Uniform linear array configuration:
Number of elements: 32
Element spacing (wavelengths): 0.25
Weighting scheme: blackman
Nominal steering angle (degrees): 45
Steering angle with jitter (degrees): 46.002
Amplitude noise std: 0.05
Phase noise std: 0.05

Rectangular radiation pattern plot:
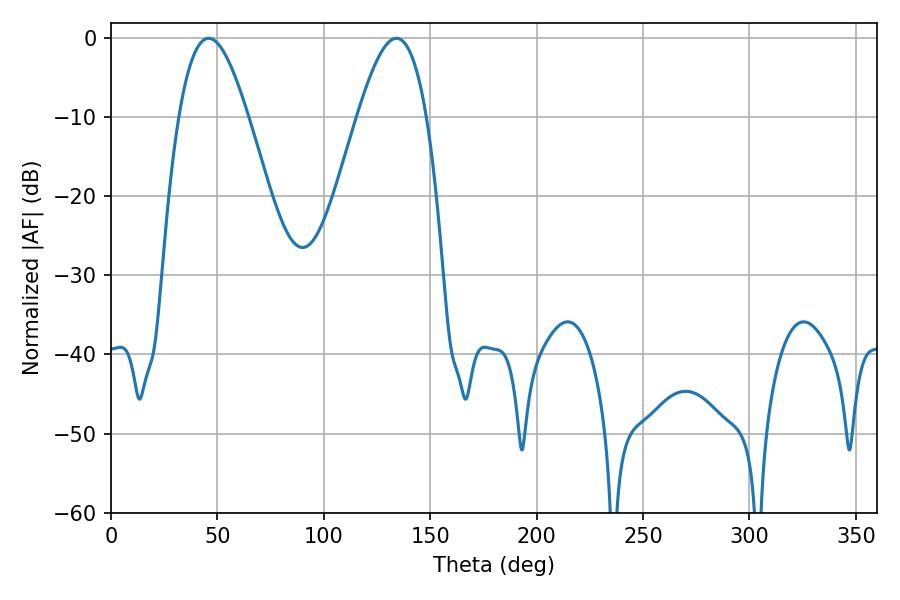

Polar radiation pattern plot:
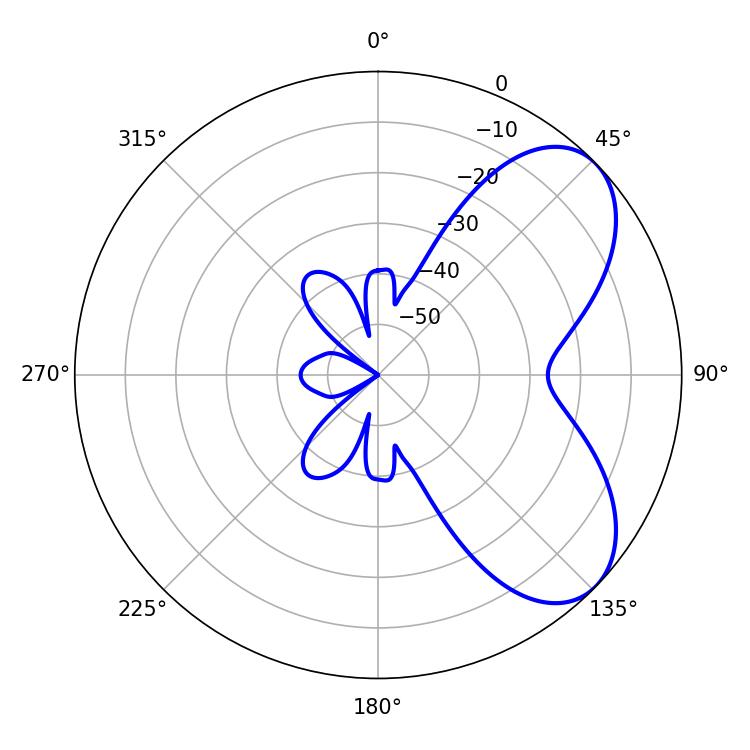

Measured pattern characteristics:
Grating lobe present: FALSE
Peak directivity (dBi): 6.126
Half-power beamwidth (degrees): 17.64
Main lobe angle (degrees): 45.9